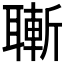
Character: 𦗝